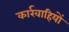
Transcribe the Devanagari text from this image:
कार्रवाहियों